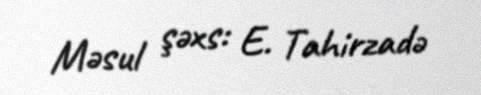
Məsul şəxs: E. Tahirzadə